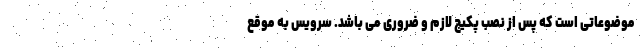
موضوعاتی است که پس از نصب پکیج لازم و ضروری می باشد. سرویس به موقع